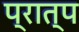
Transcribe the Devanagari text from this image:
प्रात्प